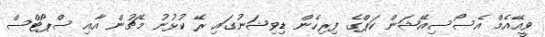
ވީއޭއެމް އެސޯސިއޭޝަން ކަޕްގެ ފިރިހެން ޑިވިޝަނުގައި ރޭ ކުޅުނު މެޗުން އާއި ސްޕޯޓްސް